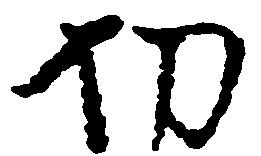
切